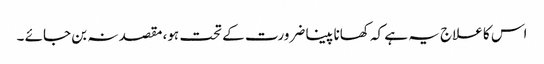
اس کا علاج یہ ہے کہ کھانا پینا ضرورت کے تحت ہو، مقصد نہ بن جائے ۔